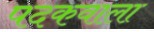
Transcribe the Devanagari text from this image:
पदकवाला